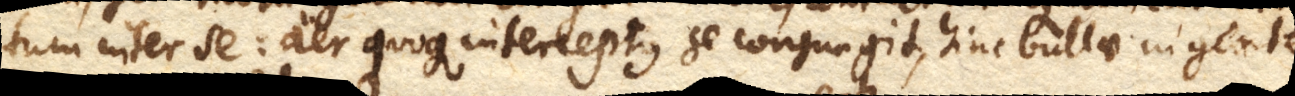
tum inter se: aer quoque interceptus se conjungit, hinc bullae ingentes,